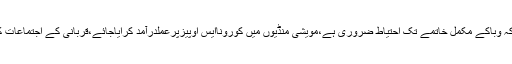
وزیر قانون پنجاب راجہ بشارت نے کہاکہ وباکے مکمل خاتمے تک احتیاط ضروری ہے،مویشی منڈیوں میں کوروناایس اوپیزپرعملدرآمد کرایاجائے،قربانی کے اجتماعات کیلئے محکمہ صحت ایس اوپیزتیارکرے۔